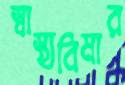
স্বাস্থ্যবিমার